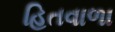
હિતવાળા